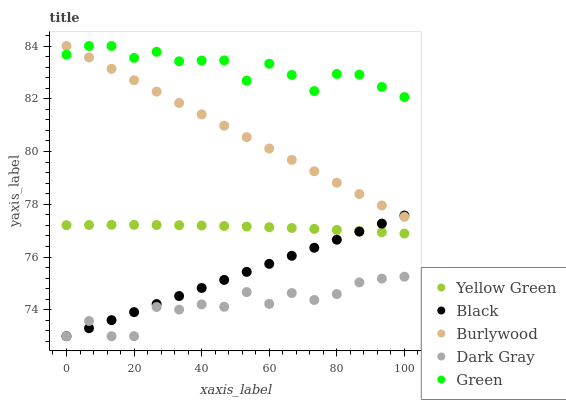
| xaxis_label | Yellow Green | Black | Burlywood | Dark Gray | Green |
 | --- | --- | --- | --- | --- | --- |
 | 0 | 77.2 | 73 | 84 | 73 | 83.7 |
 | 6.67 | 77.2 | 73.3 | 83.6 | 73.6 | 84 |
 | 13.3 | 77.2 | 73.6 | 83.1 | 73 | 84 |
 | 20 | 77.2 | 73.9 | 82.7 | 73 | 83.5 |
 | 26.7 | 77.2 | 74.2 | 82.3 | 74.1 | 83.8 |
 | 33.3 | 77.2 | 74.5 | 81.8 | 74 | 83.4 |
 | 40 | 77.2 | 74.8 | 81.4 | 74.2 | 83.4 |
 | 46.7 | 77.2 | 75.1 | 81 | 74.1 | 83.5 |
 | 53.3 | 77.2 | 75.4 | 80.5 | 74.7 | 82.7 |
 | 60 | 77.1 | 75.7 | 80.1 | 74.2 | 83.3 |
 | 66.7 | 77.1 | 76 | 79.7 | 74.6 | 82.9 |
 | 73.3 | 77.1 | 76.4 | 79.3 | 74.4 | 82.3 |
 | 80 | 77 | 76.7 | 78.8 | 74.6 | 82.9 |
 | 86.7 | 77 | 77 | 78.4 | 75 | 82.9 |
 | 93.3 | 76.9 | 77.3 | 78 | 75.2 | 82.4 |
 | 100 | 76.9 | 77.6 | 77.5 | 75.3 | 82.1 |